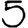
Digit: 5